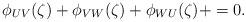
LaTeX: \begin{align*}\phi_{UV}(\zeta) + \phi_{VW}(\zeta) + \phi_{WU}(\zeta) + = 0 \mathrlap{.}\end{align*}